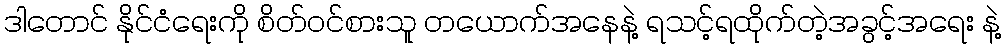
ဒါတောင် နိုင်ငံရေးကို စိတ်ဝင်စားသူ တယောက်အနေနဲ့ ရသင့်ရထိုက်တဲ့အခွင့်အရေး နဲ့